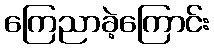
ကြေညာခဲ့ကြောင်း